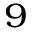
^ { 9 }